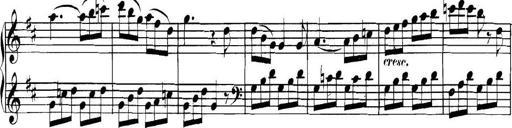
Title: Collected Piano Sonatas
Composer: Muzio Clementi